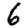
Digit: 6